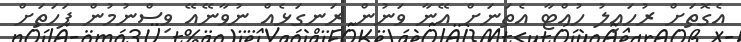
އެގޮތަށް ރުހައިލު ހުއްޓާ އެތަނަށް އޭނާ ވަނުން ރަނގަޅެއް ނުވާނޭއޭ ވިސްނުމުން ފަހަތަށް